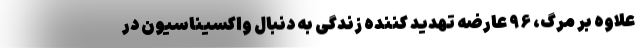
علاوه بر مرگ، ۹۶ عارضه تهدید کننده زندگی به دنبال واکسیناسیون در